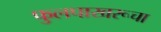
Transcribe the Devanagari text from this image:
फुलपाखरूचा